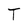
Character: T